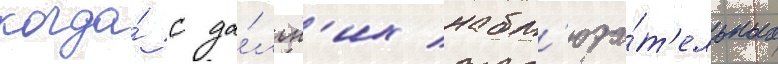
когда́ с да́льн'их набл'юда́т'ельных